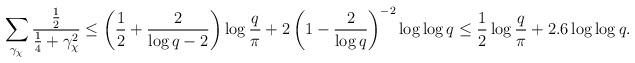
LaTeX: \begin{align*}\sum_{\gamma_{\chi}}\frac{\frac{1}{2}}{\frac{1}{4}+\gamma_{\chi}^2} & \leq \left(\dfrac{1}{2}+\dfrac{2}{\log q -2}\right)\log{\dfrac{q}{\pi}}+2\left(1-\dfrac{2}{\log q}\right)^{-2}\log\log q\leq \dfrac{1}{2}\log{\dfrac{q}{\pi}}+ 2.6\log\log q.\end{align*}